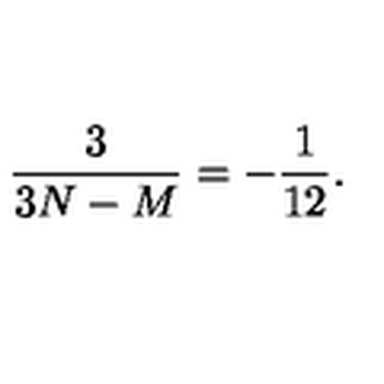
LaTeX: \frac { 3 } { 3 N - M } = - \frac { 1 } { 1 2 } .